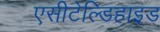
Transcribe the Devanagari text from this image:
एसीटेल्डिहाइड